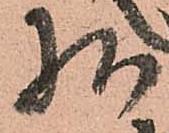
様